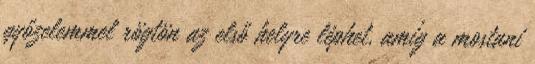
győzelemmel rögtön az első helyre léphet, amíg a mostani